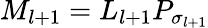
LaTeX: M_{l+1}=L_{l+1}P_{\sigma_{l+1}}